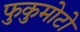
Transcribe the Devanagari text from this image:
फुकुमोटो